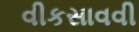
વીકસાવવી